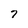
Character: 7